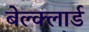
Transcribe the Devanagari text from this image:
बेल्क्लार्ड